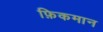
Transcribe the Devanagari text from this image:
फ़िकमान